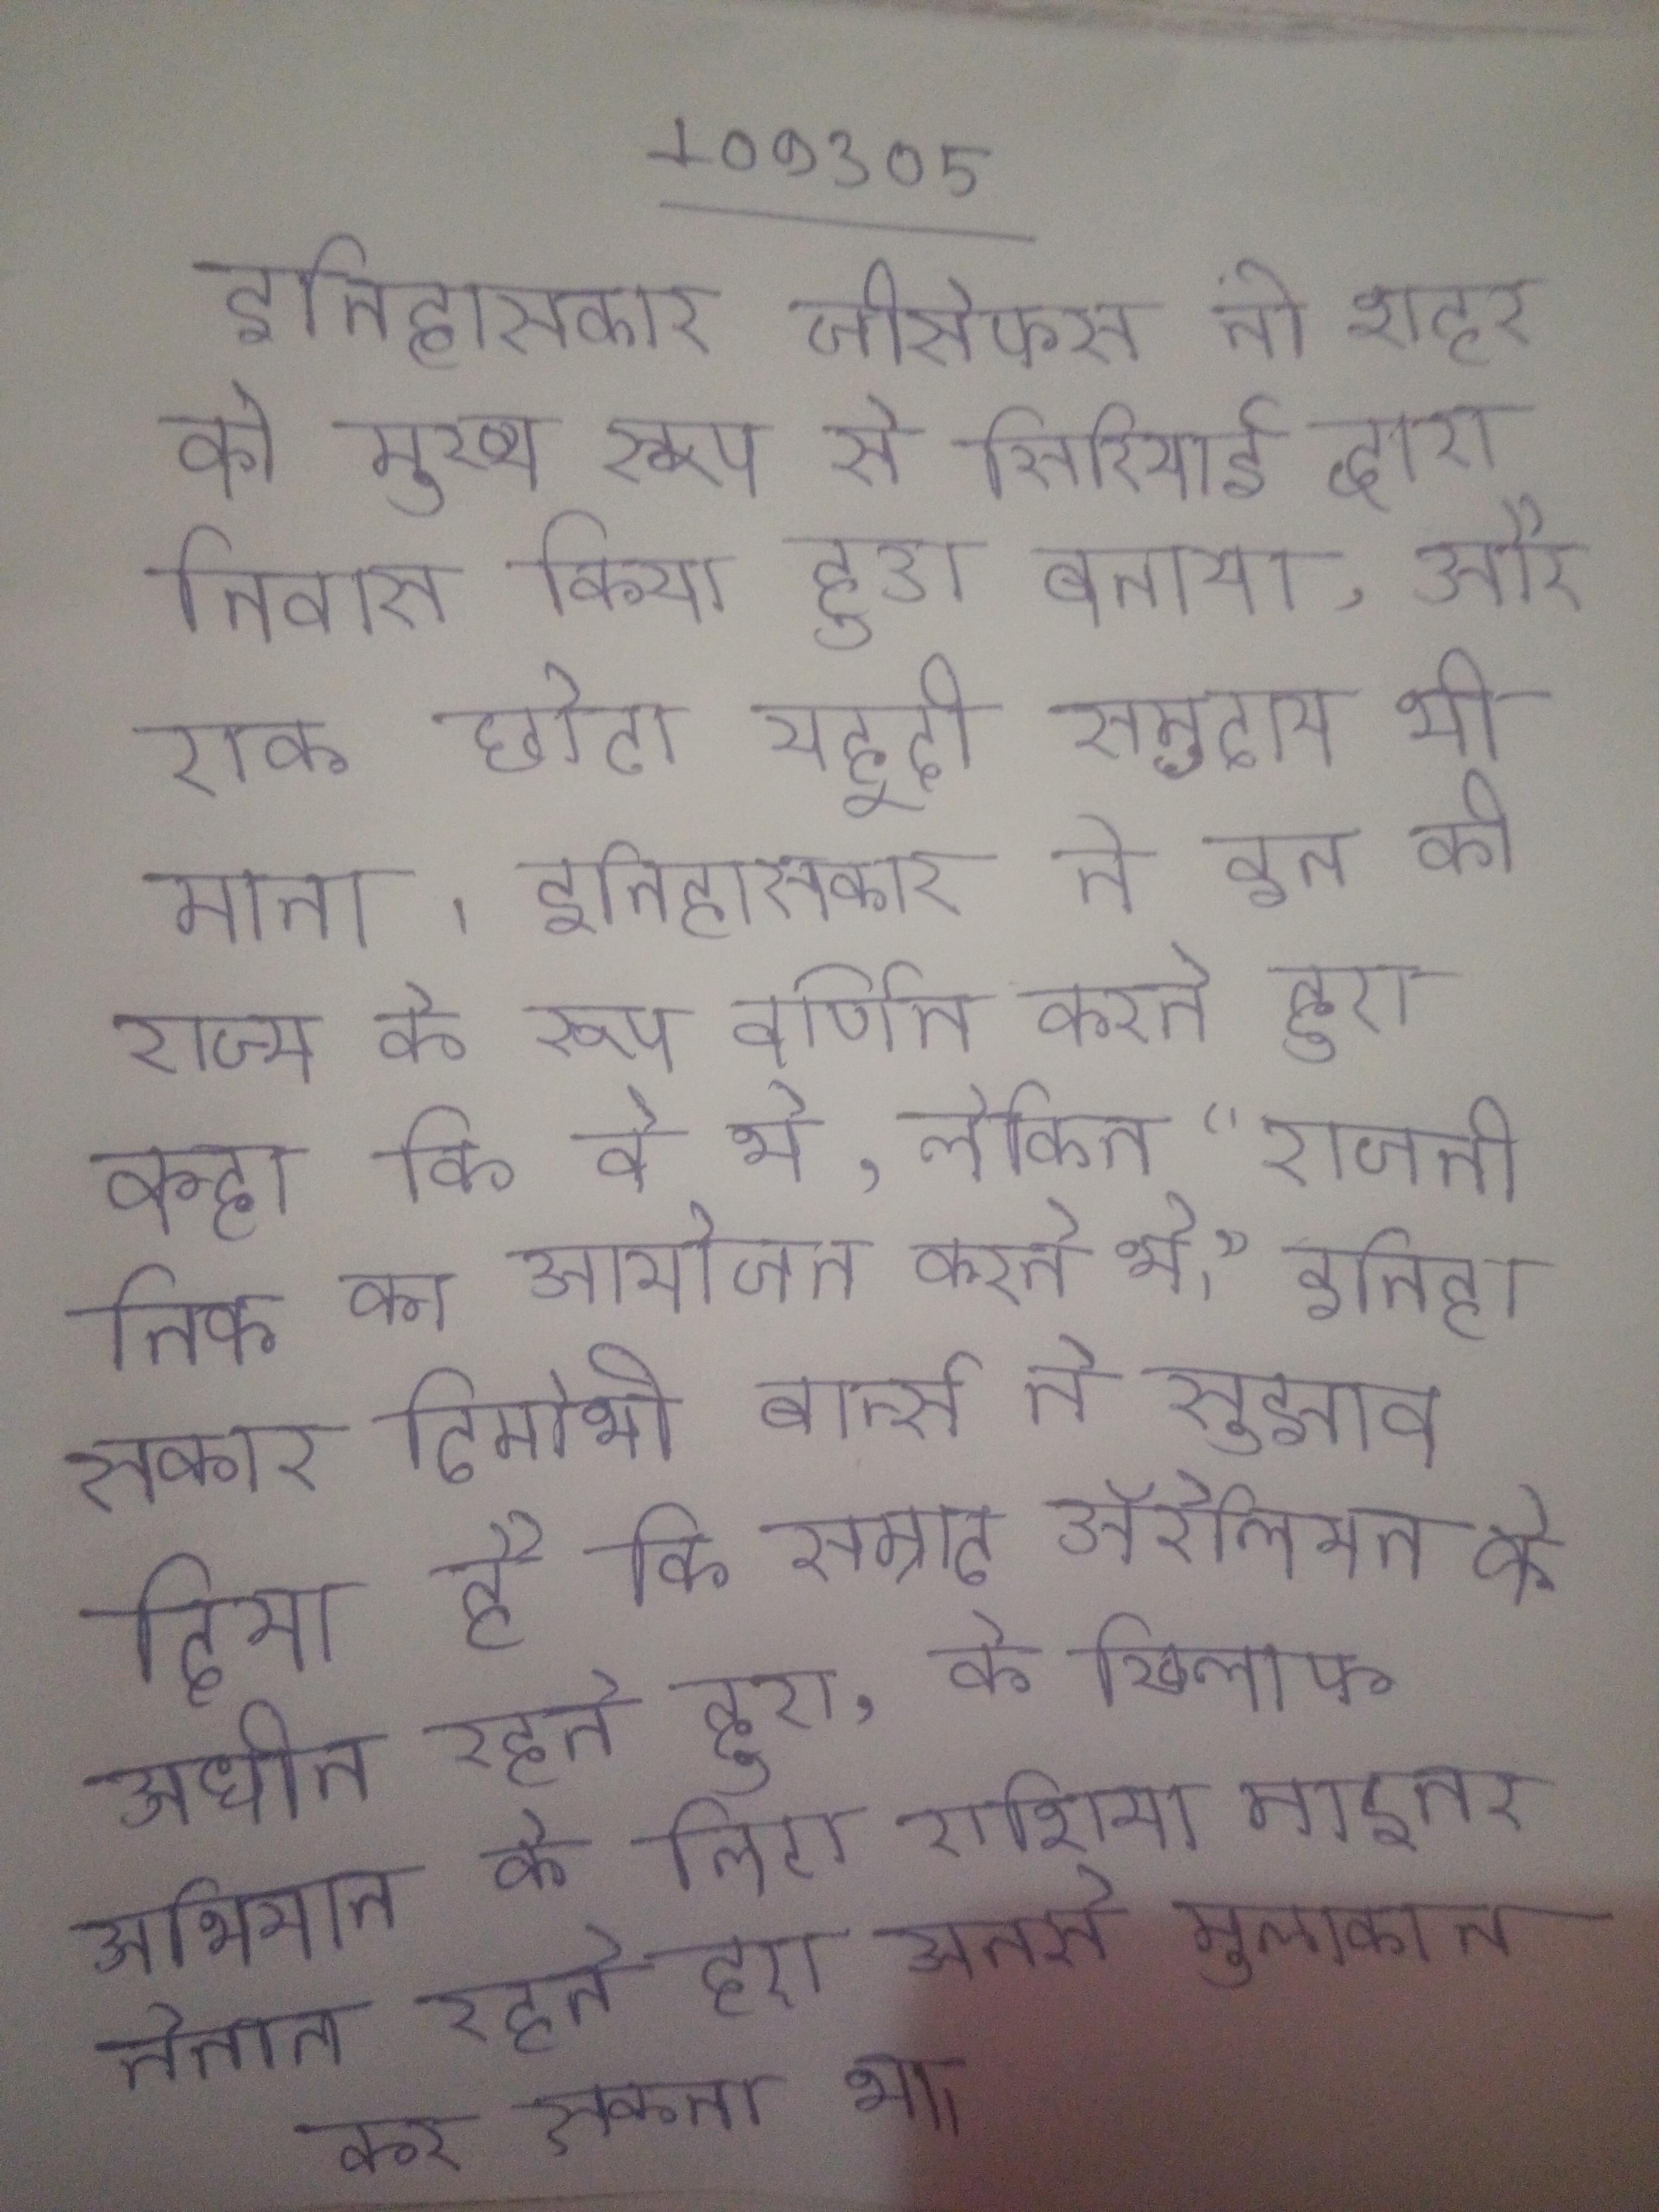
इतिहासकार जोसेफस ने शहर को मुख्य रूप से सिरियाई द्वारा निवास किया हुआ बताया, और एक छोटा यहूदी समुदाय भी माना । इतिहासकार ने इन को राज्य के रूप वर्णित करते हुए कहा कि वे थे, लेकिन "राजनीतिक का आयोजन करते थे।" इतिहासकार टिमोथी बार्न्स ने सुझाव दिया है कि सम्राट ऑरेलियन के अधीन रहते हुए, के खिलाफ अभियान के लिए एशिया माइनर तैनात रहते हुए उनसे मुलाकात कर सकता था ।